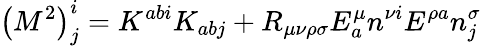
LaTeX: \left(M^{2}\right)_{j}^{i}=K^{abi}K_{abj}+R_{\mu\nu\rho\sigma}E_{a}^{\mu}n^{\nu i}E^{\rho a}n_{j}^{\sigma}